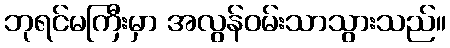
ဘုရင်မကြီးမှာ အလွန်ဝမ်းသာသွားသည်။